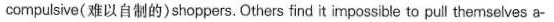
compulsive( 难以自制的)shoppers.Others find it impossible to pull themselves a-